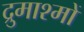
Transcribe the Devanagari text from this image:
द्रुमाश्मों